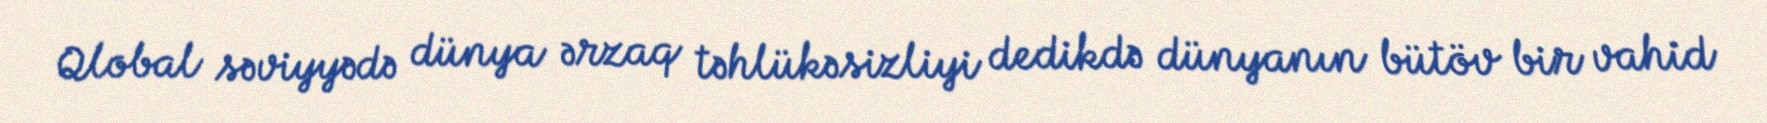
Qlobal səviyyədə dünya ərzaq təhlükəsizliyi dedikdə dünyanın bütöv bir vahid